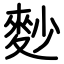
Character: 麨